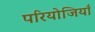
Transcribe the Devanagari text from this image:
परियोजियाँ